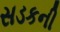
સડકની